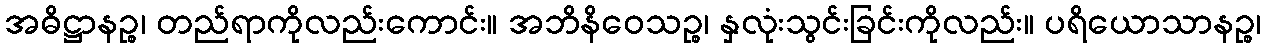
အဓိဋ္ဌာနဉ္စ၊ တည်ရာကိုလည်းကောင်း။ အဘိနိဝေသဉ္စ၊ နှလုံးသွင်းခြင်းကိုလည်း။ ပရိယောသာနဉ္စ၊